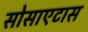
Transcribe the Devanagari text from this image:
सोसाएटास